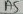
Text: A5